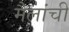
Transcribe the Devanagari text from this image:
मैलांची